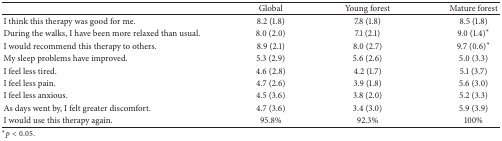
<table><thead><tr><td><b> </b></td><td><b>Global</b></td><td><b>Young forest</b></td><td><b>Mature forest</b></td></tr></thead><tbody><tr><td>I think this therapy was good for me.</td><td>8.2 (1.8)</td><td>7.8 (1.8)</td><td>8.5 (1.8)</td></tr><tr><td>During the walks, I have been more relaxed than usual.</td><td>8.0 (2.0)</td><td>7.1 (2.1)</td><td>9.0 (1.4)<sup><i>∗</i></sup></td></tr><tr><td>I would recommend this therapy to others.</td><td>8.9 (2.1)</td><td>8.0 (2.7)</td><td>9.7 (0.6)<sup><i>∗</i></sup></td></tr><tr><td>My sleep problems have improved.</td><td>5.3 (2.9)</td><td>5.6 (2.6)</td><td>5.0 (3.3)</td></tr><tr><td>I feel less tired.</td><td>4.6 (2.8)</td><td>4.2 (1.7)</td><td>5.1 (3.7)</td></tr><tr><td>I feel less pain.</td><td>4.7 (2.6)</td><td>3.9 (1.8)</td><td>5.6 (3.0)</td></tr><tr><td>I feel less anxious.</td><td>4.5 (3.6)</td><td>3.8 (2.0)</td><td>5.2 (3.3)</td></tr><tr><td>As days went by, I felt greater discomfort. </td><td>4.7 (3.6)</td><td>3.4 (3.0)</td><td>5.9 (3.9)</td></tr><tr><td>I would use this therapy again.</td><td>95.8%</td><td>92.3%</td><td>100%</td></tr></tbody></table>